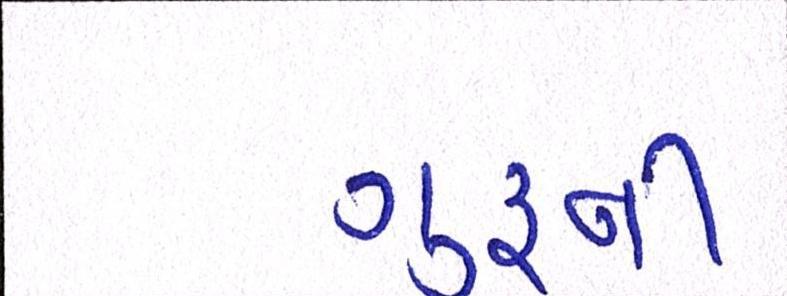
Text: ગુરૃનો